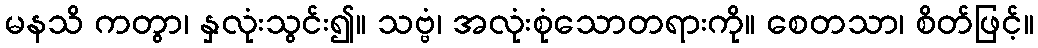
မနသိ ကတွာ၊ နှလုံးသွင်း၍။ သဗ္ဗံ၊ အလုံးစုံသောတရားကို။ စေတသာ၊ စိတ်ဖြင့်။